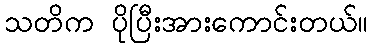
သတိက ပိုပြီးအားကောင်းတယ်။